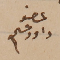
عضو داود عسى